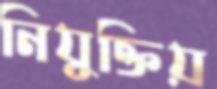
নিযুক্তিয়